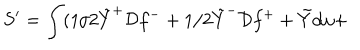
S ^ { \prime } = \int ( 1 / 2 \tilde { Y } ^ { + } { \cal D } f ^ { - } + 1 / 2 \tilde { Y } ^ { - } { \cal D } f ^ { + } + \tilde { Y } d \omega +